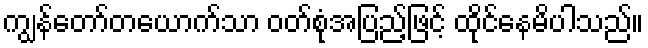
ကျွန်တော်တယောက်သာ ဝတ်စုံအပြည့်ဖြင့် ထိုင်နေမိပါသည်။